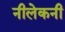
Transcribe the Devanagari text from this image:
नीलेकनी